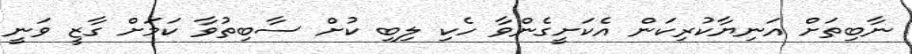
ނާބިތަށް އަނިޔާކުރިކަން އެކަށީގެންވާ ހެކި ލިބި ކުށް ސާބިތުވާ ކަމަށް ގާޒީ ވަނީ